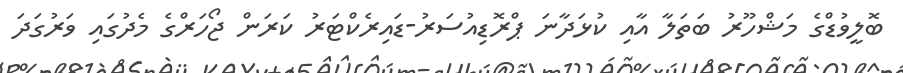
ބޮލީވުޑްގެ މަޝްހޫރު ބަތަލާ އާއި ކުޅަދާނަ ޕްރޮޑިއުސަރު-ޑައިރެކްޓަރު ކަރަން ޖޯހަރްގެ މެދުގައި ވަރުގަދަ